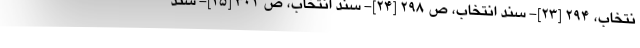
نتخاب، ۲۹۴ [۲۳]- سند انتخاب، ص ۲۹۸ [۲۴]- سند انتخاب، ص ۳۰۱ [۲۵]- سند